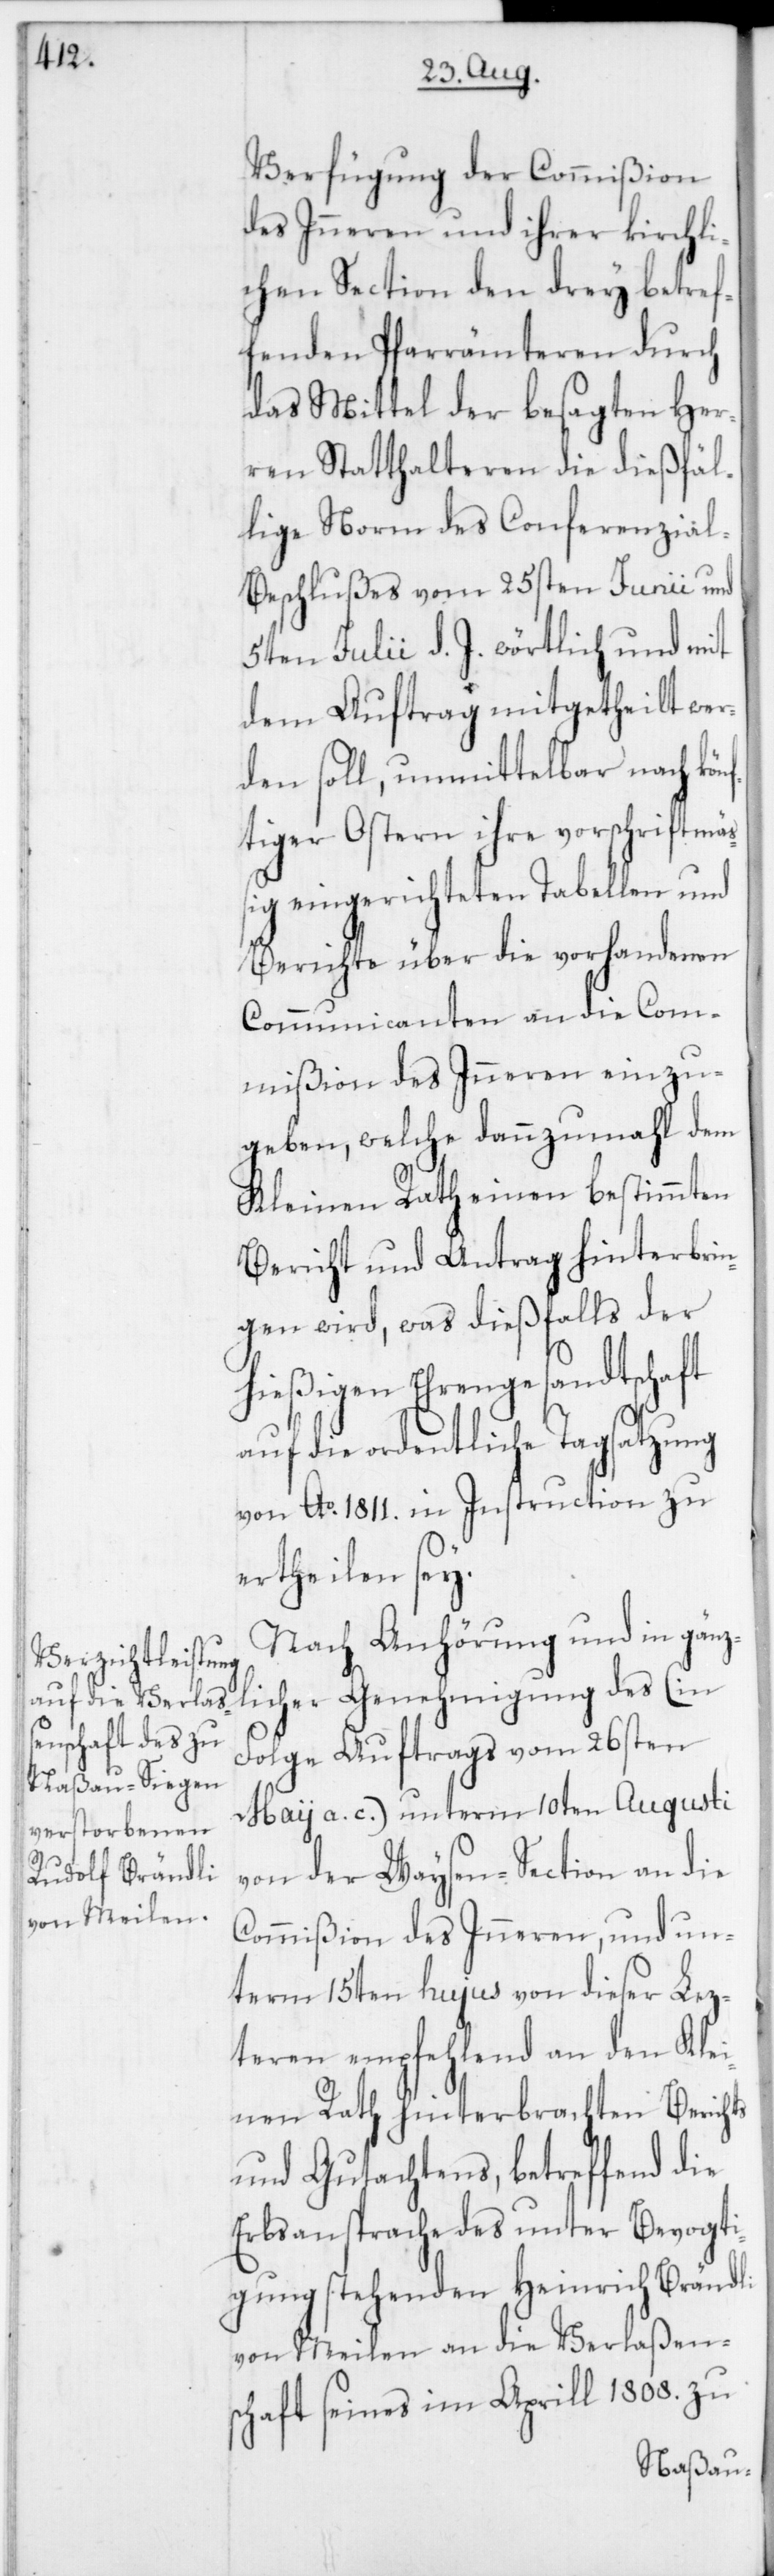
Verfügung der Commißion
des Inneren und ihrer kirchli¬
chen Section den drey betref¬
fenden Pfarrämteren durch
das Mittel der besagten Her¬
ren Statthalteren die dießfäl¬
lige Norm des Conferenzial-B¬
eschlußes vom 25sten Junii und
5ten Julii d. J. wörtlich und mit
dem Auftrag mitgetheilt wer¬
den soll, unmittelbar nach kön¬
ftiger Ostern ihre vorschriftmäß¬
ig eingerichteten Tabellen und
Berichte über die vorhandenen
Communicanten an die Com¬
mißion des Inneren einzu¬
geben, welche dannzumahl dem
Kleinen Rath einen bestimmten
Bericht und Antrag hinterbrin¬
gen wird, was dießfalls der
hießigen Ehrengesandtschaft
auf die ordentliche Tagsatzung
von Ao. 1811. in Instruction zu
ertheilen sey.
Nach Anhörung und in gänz¬
licher Genehmigung des (in
Folge Auftrags vom 26sten
May a. c.) unterm 10ten Augusti
von der Waysen-Section an die
Commißion des Inneren, und un¬
term 15ten hujus von dieser Lez¬
teren empfehlend an den Klei¬
nen Rath hinterbrachten Berichts
und Gutachtens, betreffend die
Erbsansprache des unter Bevogti¬
gung stehenden Heinrich Brändli
von Meilen an die Verlaßens¬
chaft seines im Aprill 1808. zu